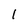
Character: 1